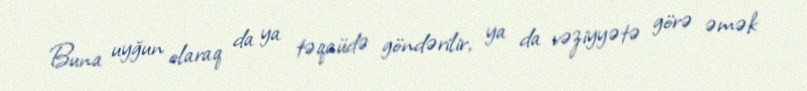
Buna uyğun olaraq da ya təqaüdə göndərilir, ya da vəziyyətə görə əmək